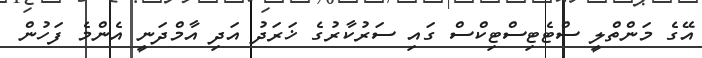
އޭގެ މަންތްލީ ސްޓެޓިސްޓިކްސް ގައި ސަރުކާރުގެ ޚަރަދު އަދި އާމްދަނީ އެންމެ ފަހުން